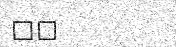
٦٣